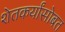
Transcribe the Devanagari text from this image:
शेतकर्यांसोबत